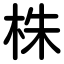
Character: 株